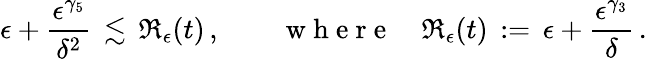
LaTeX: \epsilon+\frac{\epsilon^{\gamma_{5}}}{\delta^{2}}\, \lesssim\, \mathfrak{R}_{\epsilon}(t)\, ,\qquad\mathrm{~w~h~e~r~e~}\quad\mathfrak{R}_{\epsilon}(t)\, :=\, \epsilon+\frac{\epsilon^{\gamma_{3}}}{\delta}\, .